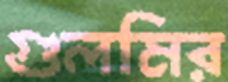
গুলমির